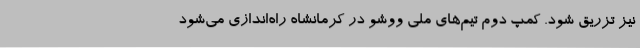
نیز تزریق شود. کمپ دوم تیم‌های ملی ووشو در کرمانشاه راه‌اندازی می‌شود